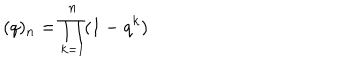
LaTeX: ( q ) _ { n } = \prod _ { k = 1 } ^ { n } ( 1 - q ^ { k } )